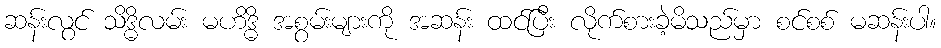
ဆန်းလွင် သိဒ္ဓိလမ်း မဟိဒ္ဓိ အစွမ်းများကို အဆန်း ထင်ပြီး လိုက်စားခဲ့မိသည်မှာ စင်စစ် မဆန်းပါ။